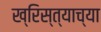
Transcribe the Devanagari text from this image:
ख्रिस्त्याच्या